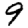
Digit: 9